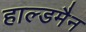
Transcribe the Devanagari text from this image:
हाल्डमैन